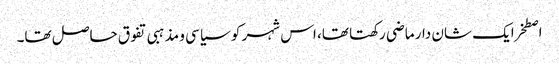
اصطخرایک شان دار ماضی رکھتا تھا، اس شہر کو سیاسی و مذہبی تفوق حاصل تھا۔